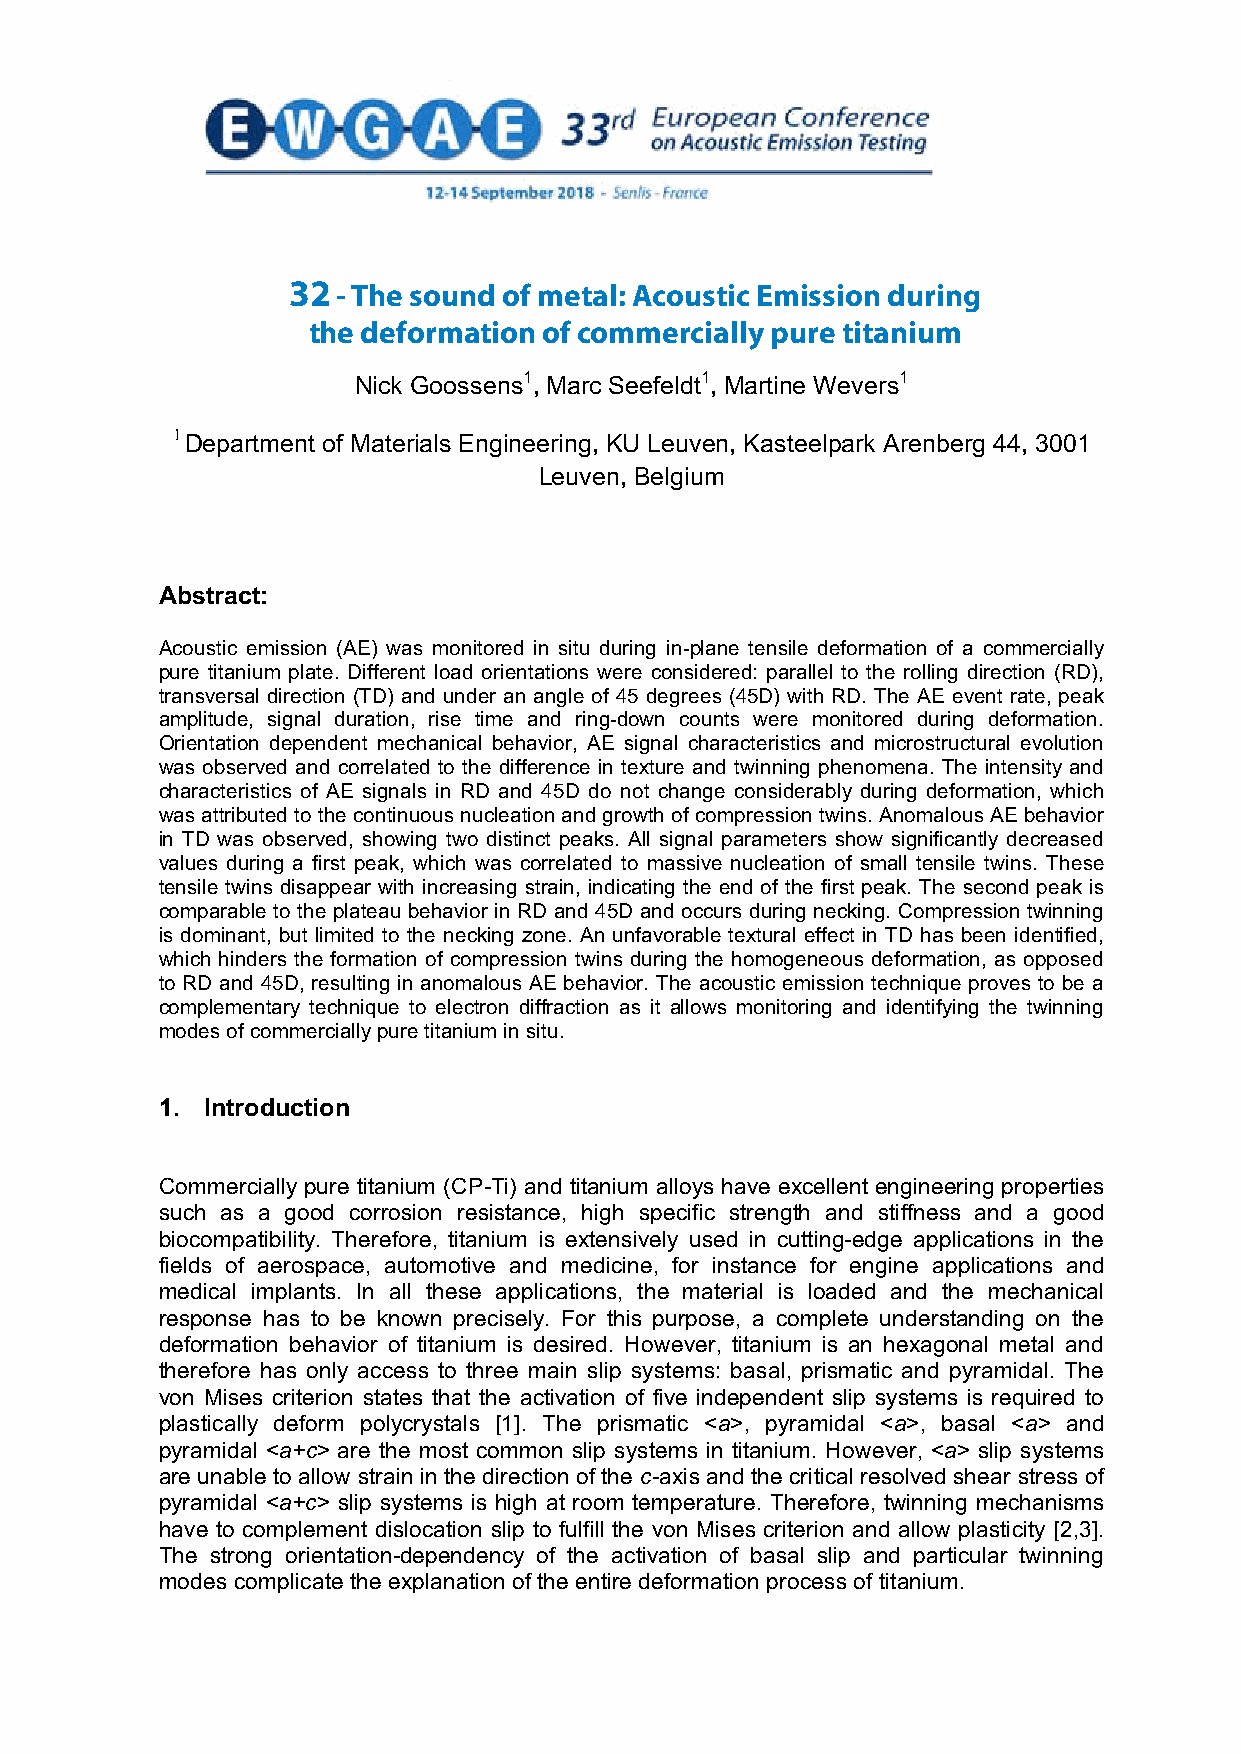
32 - The sound of metal: Acoustic Emission during
 THE SOUND   OF METAL:  ACOUSTIC   EMISSION  DURING  THE
 the deformation of commercially pure titanium
 DEFORMATION    OF COMMERCIALLY    PURE  TITANIUM
 Nick Goossens1, Marc Seefeldt1, Martine Wevers1
 1 Department of Materials Engineering, KU Leuven, Kasteelpark Arenberg 44, 3001
 Leuven, Belgium
 Abstract:
 Acoustic emission (AE) was monitored in situ during in-plane tensile deformation of a commercially
 pure titanium plate. Different load orientations were considered: parallel to the rolling direction (RD),
 transversal direction (TD) and under an angle of 45 degrees (45D) with RD. The AE event rate, peak
 amplitude, signal duration, rise time and ring-down counts were monitored during deformation.
 Orientation dependent mechanical behavior, AE signal characteristics and microstructural evolution
 was observed and correlated to the difference in texture and twinning phenomena. The intensity and
 characteristics of AE signals in RD and 45D do not change considerably during deformation, which
 was attributed to the continuous nucleation and growth of compression twins. Anomalous AE behavior
 in TD was observed, showing two distinct peaks. All signal parameters show significantly decreased
 values during a first peak, which was correlated to massive nucleation of small tensile twins. These
 tensile twins disappear with increasing strain, indicating the end of the first peak. The second peak is
 comparable to the plateau behavior in RD and 45D and occurs during necking. Compression twinning
 is dominant, but limited to the necking zone. An unfavorable textural effect in TD has been identified,
 which hinders the formation of compression twins during the homogeneous deformation, as opposed
 to RD and 45D, resulting in anomalous AE behavior. The acoustic emission technique proves to be a
 complementary technique to electron diffraction as it allows monitoring and identifying the twinning
 modes of commercially pure titanium in situ.
 1. Introduction
 Commercially pure titanium (CP-Ti) and titanium alloys have excellent engineering properties
 such as a good corrosion resistance, high specific strength and stiffness and a good
 biocompatibility. Therefore, titanium is extensively used in cutting-edge applications in the
 fields of aerospace, automotive and medicine, for instance for engine applications and
 medical implants. In all these applications, the material is loaded and the mechanical
 response has to be known precisely. For this purpose, a complete understanding on the
 deformation behavior of titanium is desired. However, titanium is an hexagonal metal and
 therefore has only access to three main slip systems: basal, prismatic and pyramidal. The
 von Mises criterion states that the activation of five independent slip systems is required to
 plastically deform polycrystals [1]. The prismatic <a>, pyramidal <a>, basal <a> and
 pyramidal <a+c> are the most common slip systems in titanium. However, <a> slip systems
 are unable to allow strain in the direction of the c-axis and the critical resolved shear stress of
 pyramidal <a+c> slip systems is high at room temperature. Therefore, twinning mechanisms
 have to complement dislocation slip to fulfill the von Mises criterion and allow plasticity [2,3].
 The strong orientation-dependency of the activation of basal slip and particular twinning
 modes complicate the explanation of the entire deformation process of titanium.
 1